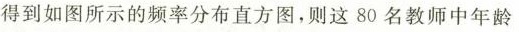
得到如图所示的频率分布直方图，则这80名教师中年龄